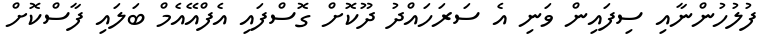
ފުލުހުންނާއި ސިފައިން ވަނި އެ ސަރަހައްދު ދޫކޮށް ގޮސްފައި އެފްއޭއެމް ބަލައި ފާސްކޮށް